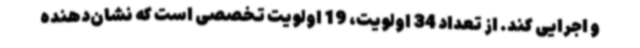
و اجرایی کند. از تعداد 34 اولویت، 19 اولویت تخصصی است که نشان‌دهنده